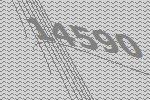
14590